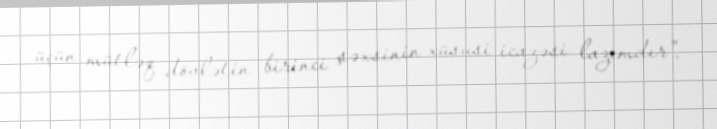
üçün mütləq dövlətin birinci şəxsinin xüsusi icazəsi lazımdır”.